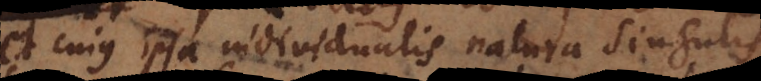
et cujus ipsa individualis natura singulis